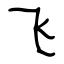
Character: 飞